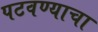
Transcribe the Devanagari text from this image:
पटवण्याचा